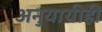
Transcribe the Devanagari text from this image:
अनुयायीही